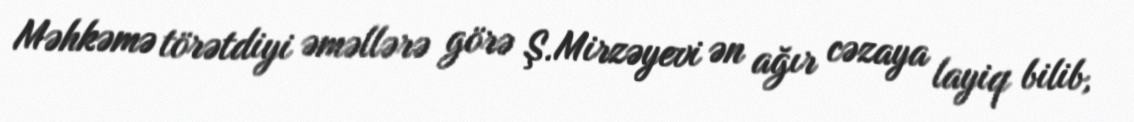
Məhkəmə törətdiyi əməllərə görə Ş.Mirzəyevi ən ağır cəzaya layiq bilib,